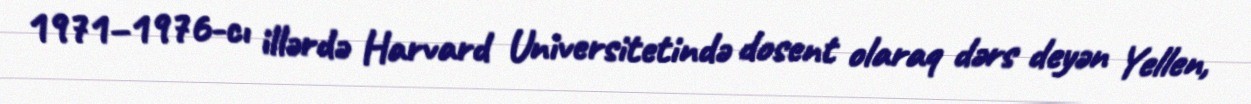
1971–1976-cı illərdə Harvard Universitetində dosent olaraq dərs deyən Yellen,